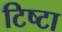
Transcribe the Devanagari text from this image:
टिष्टा